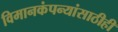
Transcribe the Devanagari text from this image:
विमानकंपन्यांसाठीही